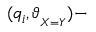
( q _ { i } , \vartheta _ { _ { X = Y } } ) -